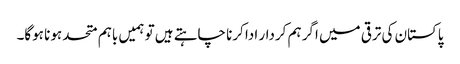
پاکستان کی ترقی میں اگر ہم کردار ادا کرنا چاہتے ہیں تو ہمیں باہم متحد ہونا ہوگا۔